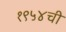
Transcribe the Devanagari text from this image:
१९५४ची